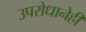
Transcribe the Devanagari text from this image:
उपरोधानेही